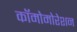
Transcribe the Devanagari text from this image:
कॉमोमोरेशन